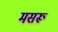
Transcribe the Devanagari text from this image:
मसरू